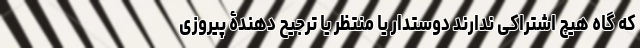
که گاه هیچ اشتراکی ندارند دوستدار یا منتظر یا ترجیح دهندۀ پیروزی